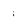
Character: i